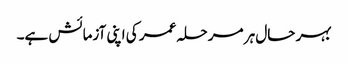
بہر حال ہر مرحلہ عمر کی اپنی آزمائش ہے۔